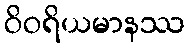
ဝိဝရိယမာနဿ